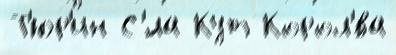
Т'юр'ин С'́ла Кут Корол'́ва